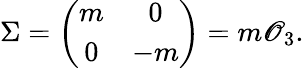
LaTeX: \Sigma=\left(\begin{array}{cc}{{m}}&{{0}}\\ {{0}}&{{-m}}\end{array}\right)=m\mathscr{O}_{3}.